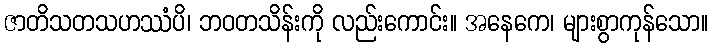
ဇာတိသတသဟဿံပိ၊ ဘဝတသိန်းကို လည်းကောင်း။ အနေကေ၊ များစွာကုန်သော။